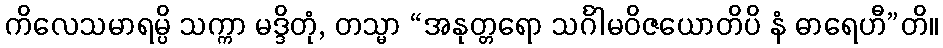
ကိလေသမာရမ္ပိ သက္ကာ မဒ္ဒိတုံ, တသ္မာ “အနုတ္တရော သင်္ဂါမဝိဇယောတိပိ နံ ဓာရေဟီ”တိ။